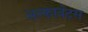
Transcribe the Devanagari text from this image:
अल्फाबेट्स